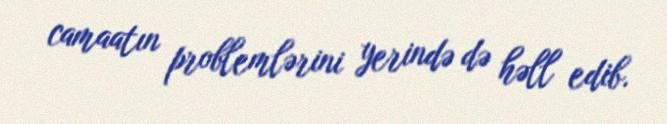
camaatın problemlərini yerində də həll edib.